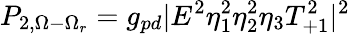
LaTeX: P_{2,\Omega-\Omega_{r}}=g_{pd}|E^{2}\eta_{1}^{2}\eta_{2}^{2}\eta_{3}T_{+1}^{2}|^{2}